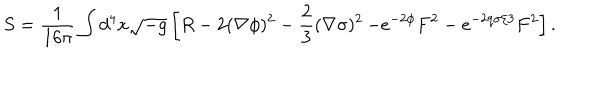
LaTeX: S = \frac { 1 } { 1 6 \pi } \int d ^ { 4 } x \sqrt { - g } \left[ R - 2 ( \nabla \phi ) ^ { 2 } - \frac { 2 } { 3 } ( \nabla \sigma ) ^ { 2 } \right. \left. - e ^ { - 2 \phi } F ^ { 2 } - e ^ { - 2 q \sigma / 3 } F ^ { 2 } \right] .